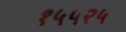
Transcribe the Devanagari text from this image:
१५५२५